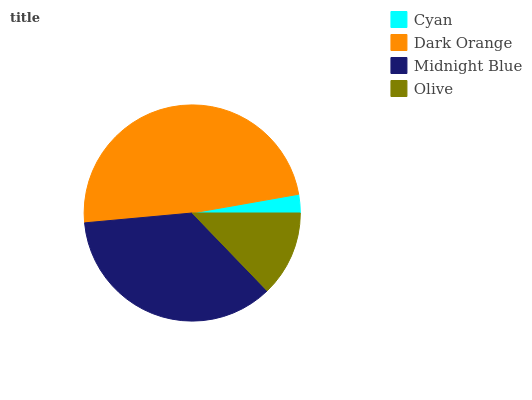
| Cyan | Dark Orange | Midnight Blue | Olive |
 | --- | --- | --- | --- |
 | 2.77% | 48.7% | 35.8% | 12.8% |